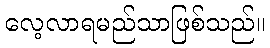
လေ့လာရမည်သာဖြစ်သည်။